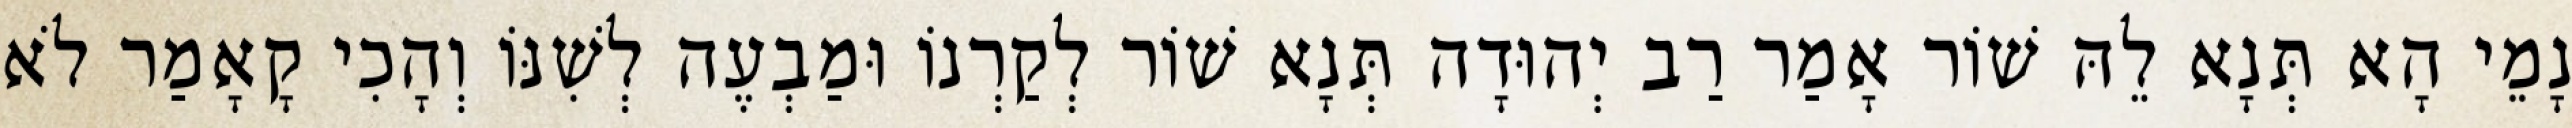
נָמֵי הָא תְּנָא לֵהּ שׁוֹר אָמַר רַב יְהוּדָה תְּנָא שׁוֹר לְקַרְנוֹ וּמַבְעֶה לְשִׁנּוֹ וְהָכִי קָאָמַר לֹא